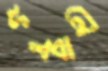
ফলবাহী